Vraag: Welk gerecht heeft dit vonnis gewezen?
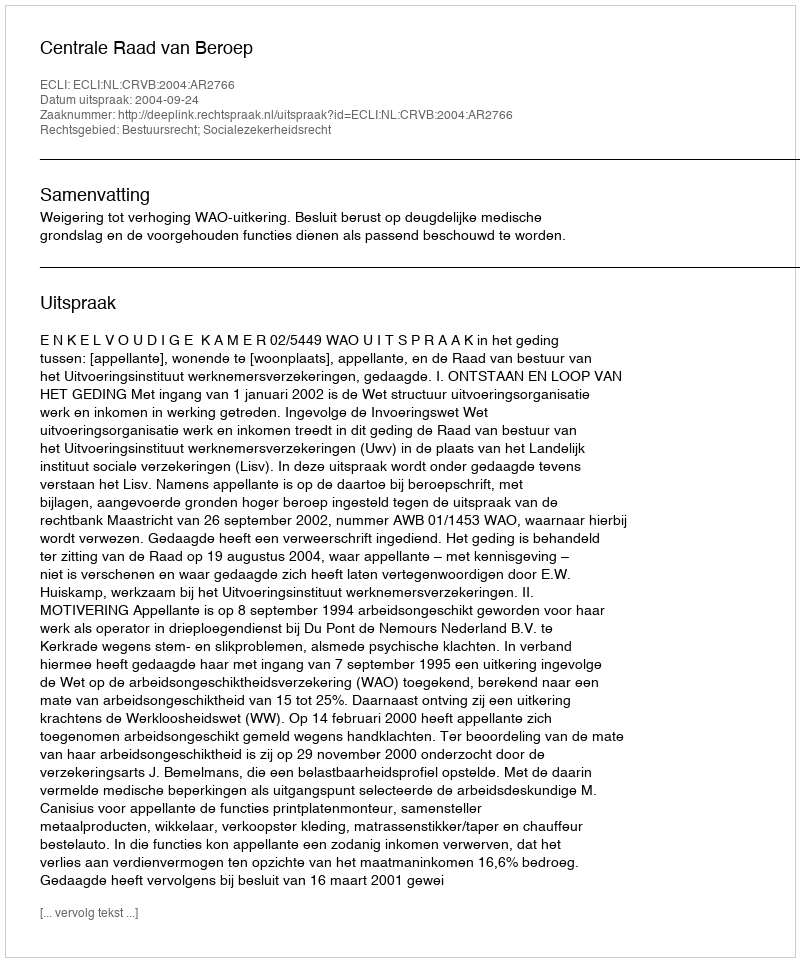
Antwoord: Centrale Raad van Beroep